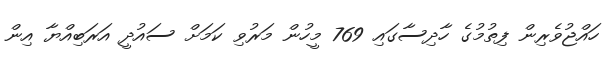
ހައްޖުވެރިން ފިތުމުގެ ހާދިސާގައި 769 މީހުން މަރުވި ކަމަށް ސައުދީ އަރަބިއްޔާ އިން